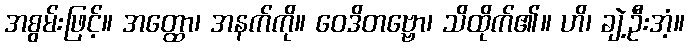
အစွမ်းဖြင့်။ အတ္ထော၊ အနက်ကို။ ဝေဒိတဗ္ဗော၊ သိထိုက်၏။ ဟိ၊ ချဲ့ဦးအံ့။